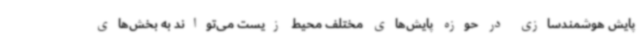
پایش هوشمندسازی در حوزه پایش‌های مختلف محیط زیست می‌تواند به بخش‌های